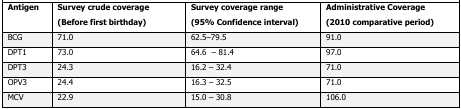
<table><thead><tr><td><b>Antigen</b></td><td><b>Survey crude coverage (Before first birthday)</b></td><td><b>Survey coverage range (95% Confidence interval)</b></td><td><b>Administrative Coverage (2010 comparative period)</b></td></tr></thead><tbody><tr><td>BCG</td><td>71.0</td><td>62.5–79.5</td><td>91.0</td></tr><tr><td>DPT1</td><td>73.0</td><td>64.6 – 81.4</td><td>97.0</td></tr><tr><td>DPT3</td><td>24.3</td><td>16.2 – 32.4</td><td>71.0</td></tr><tr><td>OPV3</td><td>24.4</td><td>16.3 – 32.5</td><td>71.0</td></tr><tr><td>MCV</td><td>22.9</td><td>15.0 – 30.8</td><td>106.0</td></tr></tbody></table>